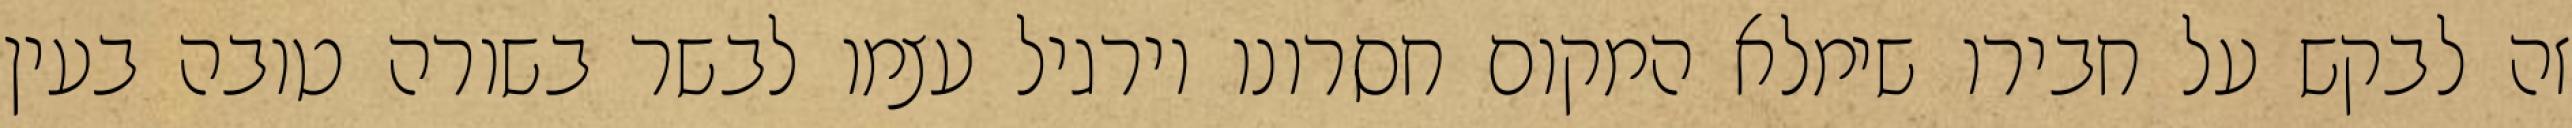
זה לבקש על חבירו שימלא המקום חסרונו וירגיל עצמו לבשר בשורה טובה בעין